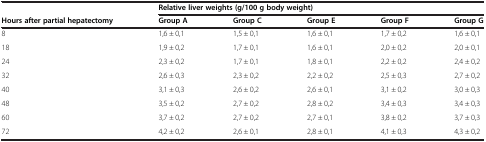
<table><thead><tr><td></td><td colspan="5"><b>Relative liver weights (g/100 g bodyweight)</b></td></tr><tr><td><b>Hours after partial hepatectomy</b></td><td><b>Group A</b></td><td><b>Group C</b></td><td><b>Group E</b></td><td><b>Group F</b></td><td><b>Group G</b></td></tr></thead><tbody><tr><td>8</td><td>1,6 ± 0,1</td><td>1,5 ± 0,1</td><td>1,6 ± 0,1</td><td>1,7 ± 0,2</td><td>1,6 ± 0,1</td></tr><tr><td>18</td><td>1,9 ± 0,2</td><td>1,7 ± 0,1</td><td>1,6 ± 0,1</td><td>2,0 ± 0,2</td><td>2,0 ± 0,1</td></tr><tr><td>24</td><td>2,3 ± 0,2</td><td>1,7 ± 0,1</td><td>1,8 ± 0,1</td><td>2,2 ± 0,2</td><td>2,4 ± 0,2</td></tr><tr><td>32</td><td>2,6 ± 0,3</td><td>2,3 ± 0,2</td><td>2,2 ± 0,2</td><td>2,5 ± 0,3</td><td>2,7 ± 0,2</td></tr><tr><td>40</td><td>3,1 ± 0,3</td><td>2,6 ± 0,2</td><td>2,6 ± 0,1</td><td>3,1 ± 0,2</td><td>3,0 ± 0,3</td></tr><tr><td>48</td><td>3,5 ± 0,2</td><td>2,7 ± 0,2</td><td>2,8 ± 0,2</td><td>3,4 ± 0,3</td><td>3,4 ± 0,3</td></tr><tr><td>60</td><td>3,7 ± 0,2</td><td>2,7 ± 0,2</td><td>2,7 ± 0,1</td><td>3,8 ± 0,2</td><td>3,7 ± 0,3</td></tr><tr><td>72</td><td>4,2 ± 0,2</td><td>2,6 ± 0,1</td><td>2,8 ± 0,1</td><td>4,1 ± 0,3</td><td>4,3 ± 0,2</td></tr></tbody></table>